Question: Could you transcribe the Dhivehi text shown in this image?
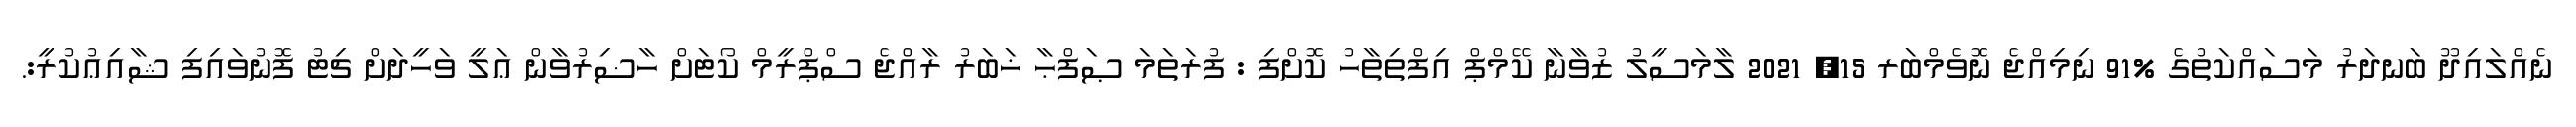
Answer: ނެއްލައިދޫ ބަނދަރު މަސައްކަތުގެ %91 ނިމިއްޖެ ނޮވެމްބަރ 15, 2021 ލާމަސީލު ޒުވާނާ ކޭމްޕް އިފްތިތާހު ކޮށްފި : ފުރަތަމަ ޞަފްޙާ ޚަބަރު ރާއްޖެ ސްޕްރީމް ކޯޓަށް ހާޟިރުވާން ޢަލީ ވަހީދަށް ޗިޓު ފޮނުވައިފި ޝާއިޢުކުރީ:.